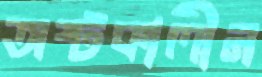
অষ্টকালীন